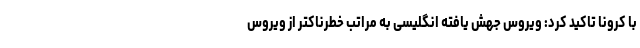
با کرونا تاکید کرد: ویروس جهش یافته انگلیسی به مراتب خطرناکتر از ویروس